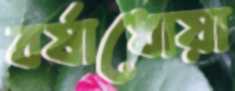
বর্ষাধোয়া